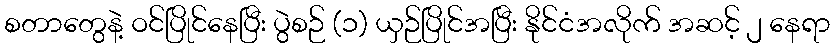
စတာတွေနဲ့ ဝင်ပြိုင်နေပြီး ပွဲစဉ် (၁) ယှဉ်ပြိုင်အပြီး နိုင်ငံအလိုက် အဆင့် ၂ နေရာ